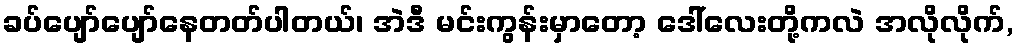
ခပ်ပျော်ပျော်နေတတ်ပါတယ်၊ အဲဒီ မင်းကွန်းမှာတော့ ဒေါ်လေးတို့ကလဲ အလိုလိုက်,